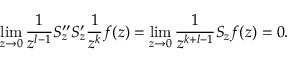
\operatorname * { l i m } _ { z \to 0 } \frac { 1 } { z ^ { l - 1 } } S _ { z } ^ { \prime \prime } S _ { z } ^ { \prime } \frac { 1 } { z ^ { k } } f ( z ) = \operatorname * { l i m } _ { z \to 0 } \frac { 1 } { z ^ { k + l - 1 } } S _ { z } f ( z ) = 0 .